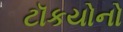
ટૉકયોનો